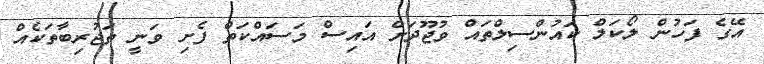
އޭގެ ފަހުން ލޯކަލް ކައުންސިލްތައް ވުޖޫދަށް އައިސް މަސައްކަތް ފެށި ވަނީ ތަޖުރިބާތަކެއް